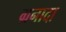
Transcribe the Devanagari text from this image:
ग्रनादा